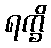
ရက္ခိ